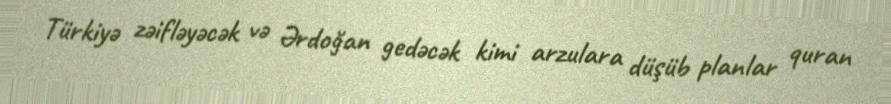
Türkiyə zəifləyəcək və Ərdoğan gedəcək kimi arzulara düşüb planlar quran